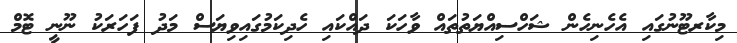
މިކާރޓޫނުގައި އެހެނިހެން ޝަހްސިއްޔަތުތައް ވާހަކަ ދައްކައި ހެދިކަމުގައިވިޔަސް މަދު ފަހަރަކު ނޫނީ ޓޮމް